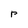
Character: r